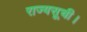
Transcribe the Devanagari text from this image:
राज्यसूची।